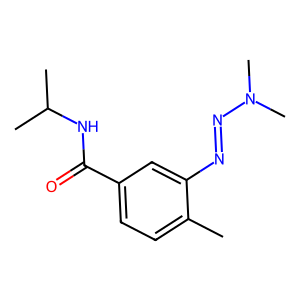
SMILES: Cc1ccc(C(=O)NC(C)C)cc1N=NN(C)C
Inhibits HIV replication: No